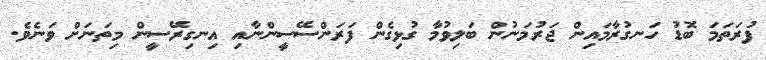
ފުރަތަމަ ބޮޑު ހަނގުރާމައިން ޖަރުމަނުން ބަލިވުމާ ގުޅިގެން ފަރަންސޭސީންނާއި އިނގިރޭސީން މިތަނަށް ވަނެވެ.